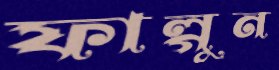
ফাল্গুন